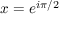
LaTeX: x = e ^ { i \pi / 2 }